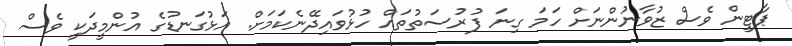
ޕާޓީން ވެސް ޒުވާނުންނަށް ހަމަ ގިނަ ފުރުސަތުތައް ހުޅުވައިދޭނެކަމަށް. އަޅުގަނޑުގެ އުންމީދަކީ ވެސް